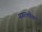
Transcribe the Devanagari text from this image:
नगरलोक